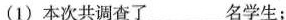
(1)本次共调查了_名学生；